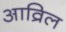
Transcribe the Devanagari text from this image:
आव्रिल